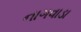
નાગવાડા